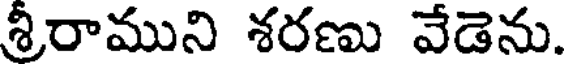
శ్రీరాముని శరణు వేడెను.